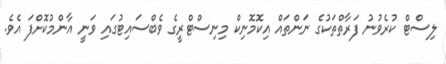
ލިސްޓް ކުރެވުނު ފަރާތްތަކުގެ ނަންތައް އިކޮމޮނިކް މިނިސްޓްރީގެ ވެބްސައިޓުގައި ވަނީ އާންމުކޮށްފަ އެވެ.